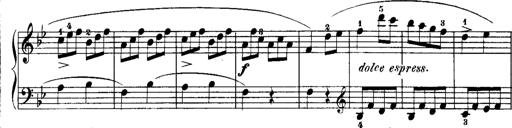
Title: Rondos and Sonatinas for Pianoforte
Composer: Daniel Steibelt